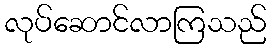
လုပ်ဆောင်လာကြသည်